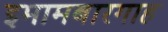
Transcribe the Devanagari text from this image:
इमामबारगाह